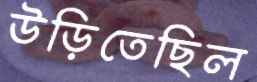
উড়িতেছিল